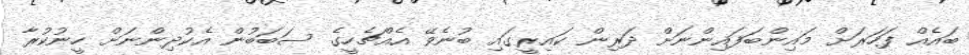
ބައެއް ފަހަރަށް މައިންބަފައިންނަށް ދަރިން ކައިރީގައި ބުނެވޭ އެއްޗެހީގެ ސަބަބުން އެކުދިންނަށް ހީނުކުރާ